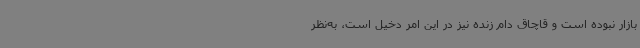
بازار نبوده است و قاچاق دام زنده نیز در این امر دخیل است، به‌نظر